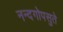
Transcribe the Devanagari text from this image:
नन्दगोपसुते